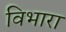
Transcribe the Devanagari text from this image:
विभारा